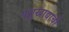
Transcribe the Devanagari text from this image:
पशुखाद्याची